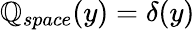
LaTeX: \mathbb{Q}_{space}(y)=\delta(y)